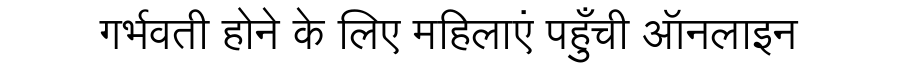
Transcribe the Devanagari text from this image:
गर्भवती होने के लिए महिलाएं पहुँची ऑनलाइन